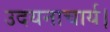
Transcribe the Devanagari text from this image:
उदयनाचार्य।